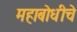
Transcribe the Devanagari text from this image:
महाबोधीचे